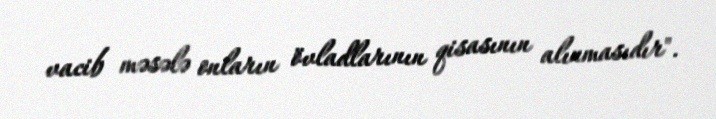
vacib məsələ onların övladlarının qisasının alınmasıdır".